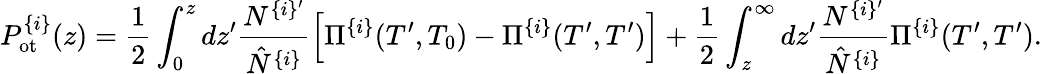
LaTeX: P_{\mathrm{ot}}^{\{ i\} }(z)=\frac{1}{2}\int_{0}^{z}dz^{\prime}\frac{N^{\{ i\} ^{\prime}}}{\hat{N}^{\{ i\} }}\left[\Pi^{\{ i\} }(T^{\prime},T_{0})-\Pi^{\{ i\} }(T^{\prime},T^{\prime})\right]+\frac{1}{2}\int_{z}^{\infty}dz^{\prime}\frac{N^{\{ i\} ^{\prime}}}{\hat{N}^{\{ i\} }}\Pi^{\{ i\} }(T^{\prime},T^{\prime}).